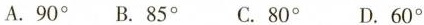
A.90^{\circ} B.85^{\circ} C.80^{\circ} D.60^{\circ}